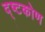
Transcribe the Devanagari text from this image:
द्ष्टकोण